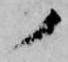
ノ